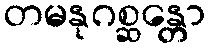
တမနုဂစ္ဆန္တော